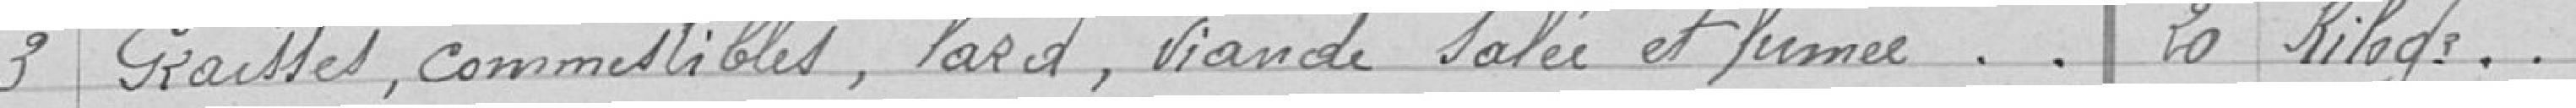
3 Graisses, comestibles, lard, viande salée et fumée    20 kilos.